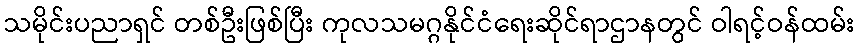
သမိုင်းပညာရှင် တစ်ဦးဖြစ်ပြီး ကုလသမဂ္ဂနိုင်ငံရေးဆိုင်ရာဌာနတွင် ဝါရင့်ဝန်ထမ်း